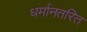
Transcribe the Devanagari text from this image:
धर्मानतरित